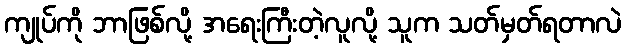
ကျုပ်ကို ဘာဖြစ်လို့ အရေးကြီးတဲ့လူလို့ သူက သတ်မှတ်ရတာလဲ